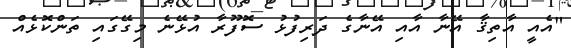
"އެއީ އާތިޤާ އޭނާ އާއި އޭނާގެ ދަރިފުޅު ސޮފޫރާ އުޅޭނެ މިގޭގައި ތަންކޮޅެއް